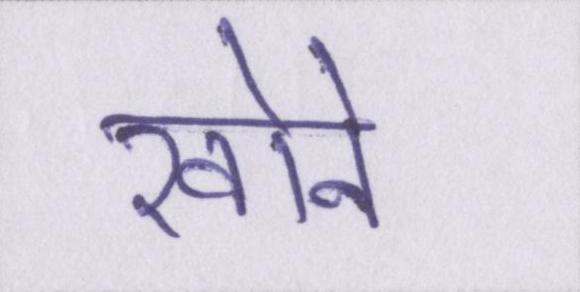
खोने